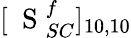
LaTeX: [\mathrm{~\mathbf~S~}_{SC}^{f}]_{10,10}